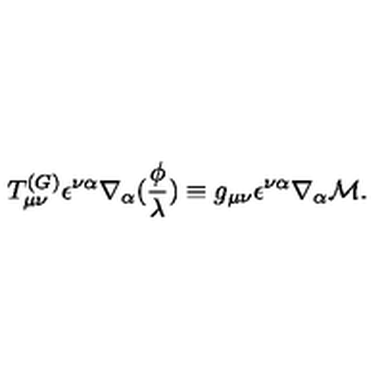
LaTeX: T _ { \mu \nu } ^ { ( G ) } \epsilon ^ { \nu \alpha } \nabla _ { \alpha } ( \frac \phi \lambda ) \equiv g _ { \mu \nu } \epsilon ^ { \nu \alpha } \nabla _ { \alpha } { \cal M } .